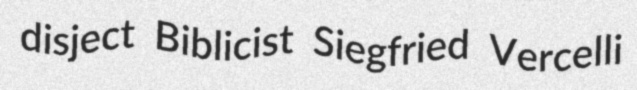
disject Biblicist Siegfried Vercelli